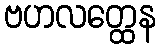
ဗဟလတ္ထေန